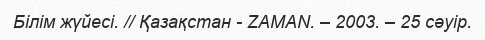
Білім жүйесі. // Қазақстан - ZAMAN. – 2003. – 25 сәуір.